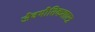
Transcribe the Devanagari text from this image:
जैवभौतिकशास्त्र